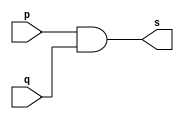
// ------------------------- 
// Exemplo0003 - AND 
// Nome: Pedro Ballona 
// ------------------------- 
 
// ------------------------- 
// -- and gate 
// ------------------------- 
module andgate ( output s,  
                               input  p,  
                               input  q); 
 assign s = p & q; 
endmodule // andgate 
 
// --------------------- 
// -- test and gate 
// --------------------- 
module testandgate; 
// ------------------------- dados locais 
   reg   a, b; // definir registradores 
   wire  s;    // definir conexao (fio) 
// ------------------------- instancia 
   andgate AND1 (s, a, b); 
// ------------------------- preparacao 
   initial begin:start 
      a=0; b=0; 
   end 
  
// ------------------------- parte principal 
 
   initial begin 
      $display("Exemplo0003 - Pedro Ballona - 427455"); 
      $display("Test AND gate"); 
      $display("\na & b = s\n"); 
      a=0; b=0; 
  #1  $display("%b & %b = %b", a, b, s); 
      a=0; b=1; 
  #1  $display("%b & %b = %b", a, b, s); 
      a=1; b=0; 
  #1  $display("%b & %b = %b", a, b, s); 
      a=1; b=1; 
  #1  $display("%b & %b = %b", a, b, s); 
 end 
 
endmodule // testandgate